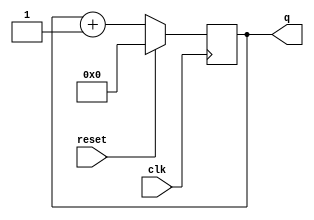
`timescale 1ps / 1ps
//////////////////////////////////////////////////////////////////////////////////
// Company: 
// Engineer: 
// 
// Design Name: 
// Module Name: 4bitCounter_up
// Project Name: 
// Target Devices: 
// Tool Versions: 
// Description: 
// 
// Dependencies: 
// 
// Revision:
// Revision 0.01 - File Created
// Additional Comments:
// 
//////////////////////////////////////////////////////////////////////////////////


module top_module (
    input clk,
    input reset,      // Synchronous active-high reset
    output reg [3:0] q);
    
    always @(posedge clk) begin
        if(reset) q <= 0;
        else q <= q + 4'd1;
    end
    
endmodule